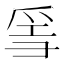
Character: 𤔌